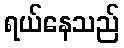
ရယ်နေသည်